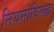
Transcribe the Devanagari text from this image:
नियमांविरूद्ध